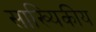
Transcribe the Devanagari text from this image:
साख्यिकीय